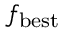
f _ { \mathrm { { b e s t } } }